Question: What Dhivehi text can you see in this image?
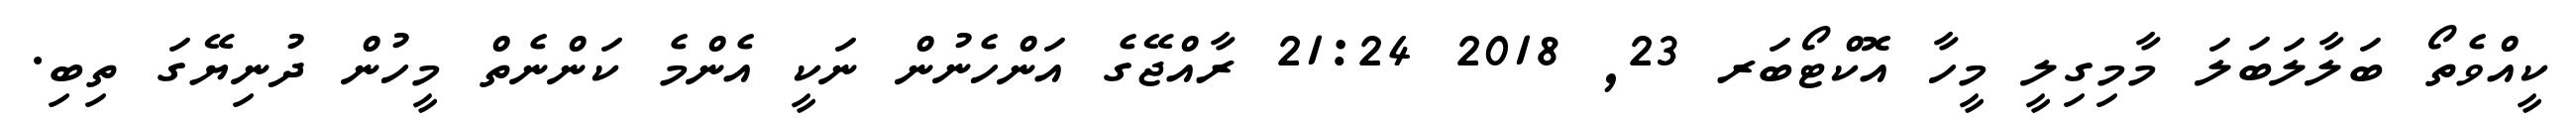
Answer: ކީއްވެތޯ ބަލާލަބަލަ މާމިގިލީ މީހާ އޮކްޓޯބަރ 23, 2018 21:24 ރާއްޖޭގެ އަންހެނުން ނަކީ އެންމެ ކަންނެތް މީހުން ދުނިޔޭގަ ތިބި.